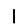
Digit: 1